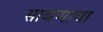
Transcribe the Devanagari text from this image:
साबणाचा